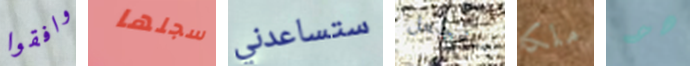
وافقوا سجلها ستساعدني سنجعل ملكا هو